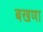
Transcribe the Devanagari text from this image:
बखणा